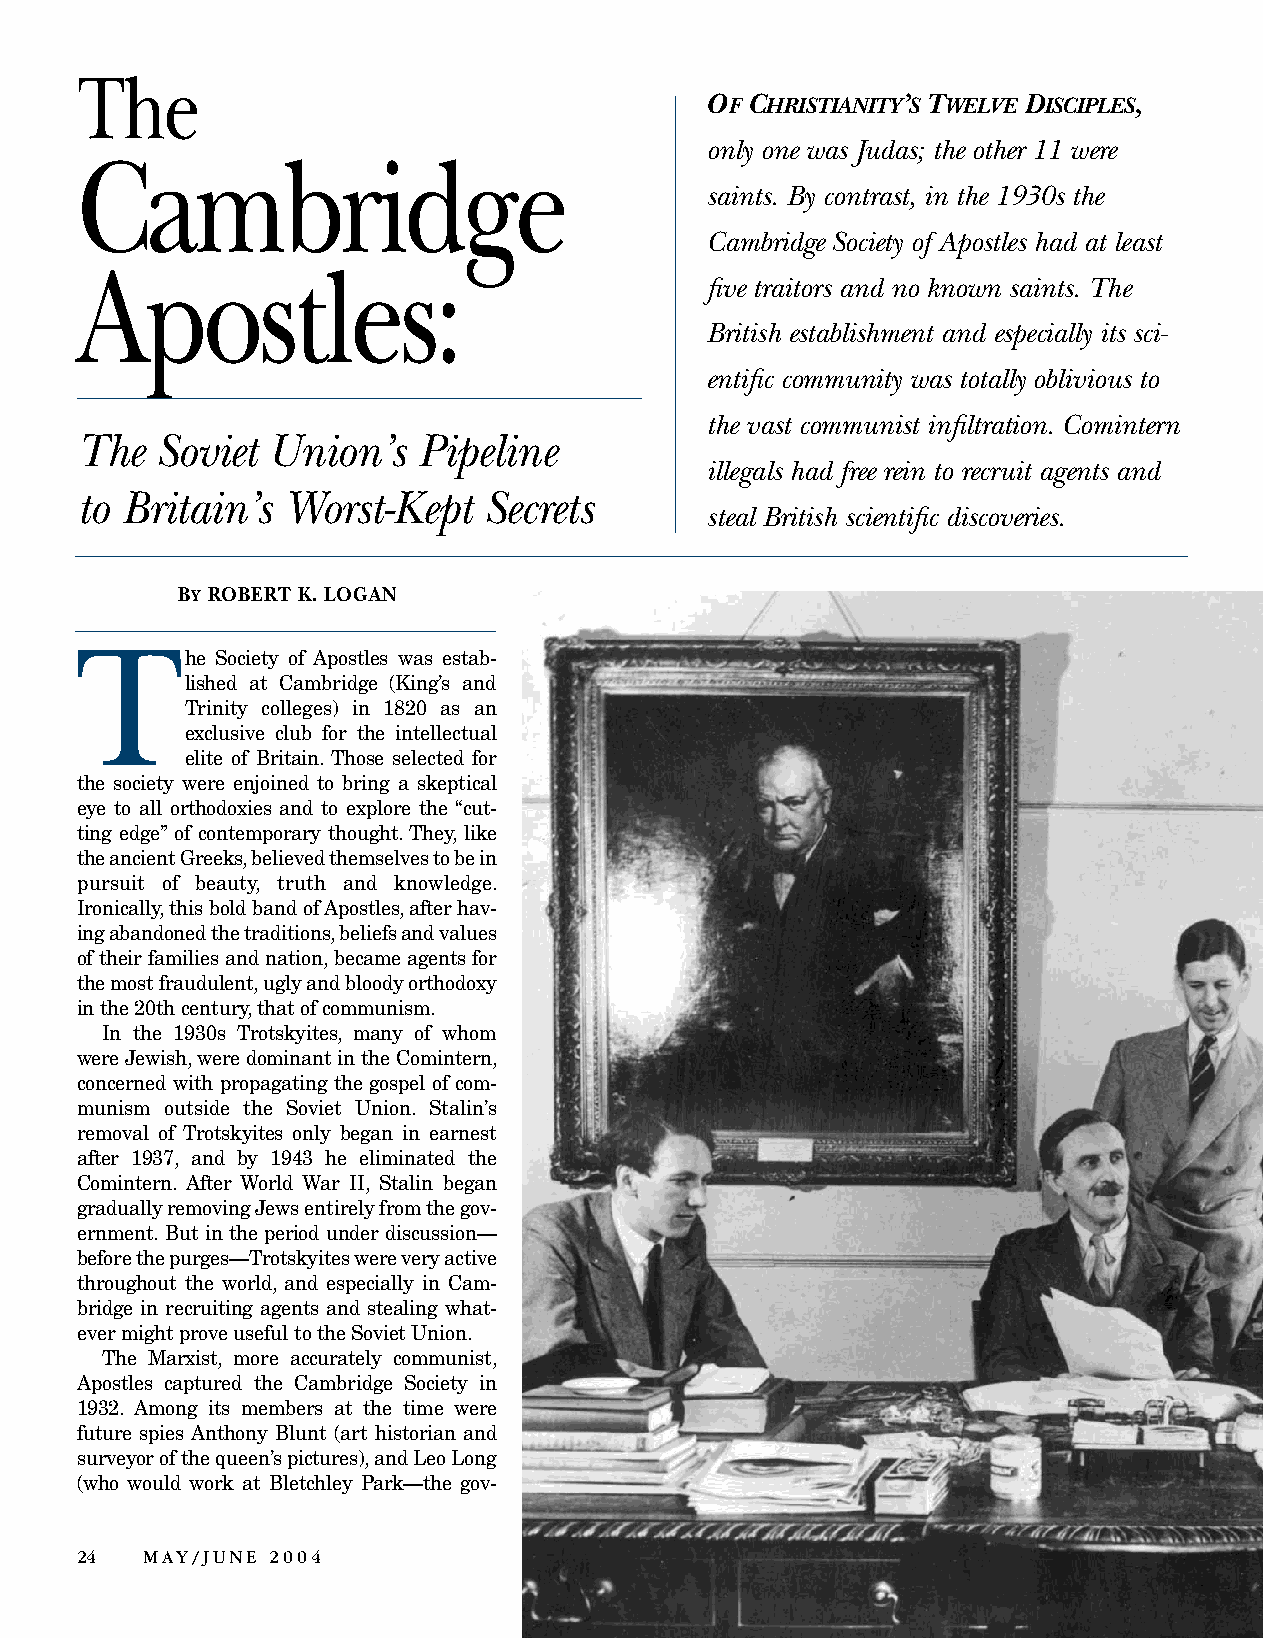
The
 OF CHRISTIANITY’S TWELVE DISCIPLES,
 only one was Judas; the other 11 were
 Cambridge
 saints. By contrast, in the 1930s the
 Cambridge Society of Apostles had at least
 Apostles:
 five traitors and no known saints. The
 British establishment and espec ially its sci-
 entific community was totally oblivious to
 the vast communist infiltration. Comintern
 The  Soviet  Union’s   Pipeline
 illegals had free rein to recruit agents and
 to Britain’s  Worst-Kept   Secrets
 steal British scientific discoveries.
 BY ROBERT K. LOGAN
 T
 he Society of Apostles was estab-
 lished at Cambridge (King’s and
 Trinity colleges) in 1820 as an
 exclusive club for the intellectual
 elite of Britain. Those selected for
 the society were enjoined to bring a skeptical
 eye to all orthodoxies and to explore the “cut-
 ting edge” of contemporary thought.They, like
 theancientGreeks,believedthemselvestobein
 pursuit of beauty, truth and knowledge.
 Ironically,thisboldbandofApostles,afterhav-
 ingabandonedthetraditions,beliefsandvalues
 oftheirfamiliesandnation,becameagentsfor
 themostfraudulent,uglyandbloodyorthodoxy
 inthe20thcentury,thatofcommunism.
 In the 1930s Trotskyites, many of whom
 wereJewish,weredominantintheComintern,
 concerned with propagating the gospel of com-
 munism outside the Soviet Union. Stalin’s
 removal of Trotskyites only began in earnest
 after 1937, and by 1943 he eliminated the
 Comintern. After World War II, Stalin began
 graduallyremovingJewsentirelyfromthegov-
 ernment. But in the period under discussion—
 beforethepurges—Trotskyiteswereveryactive
 throughout the world, and especially in Cam-
 bridge in recruiting agents and stealing what-
 evermightproveusefultotheSovietUnion.
 The Marxist, more accurately communist,
 Apostles captured the Cambridge Society in
 1932. Among its members at the time were
 future spies Anthony Blunt (art historian and
 surveyorofthequeen’spictures),andLeoLong
 (who would work at Bletchley Park—the gov-
 24   MAY/JUNE 2004
 ARCHIVE PHOTOS